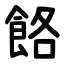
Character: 餎